Indian Civil Veterinary Department memoirs
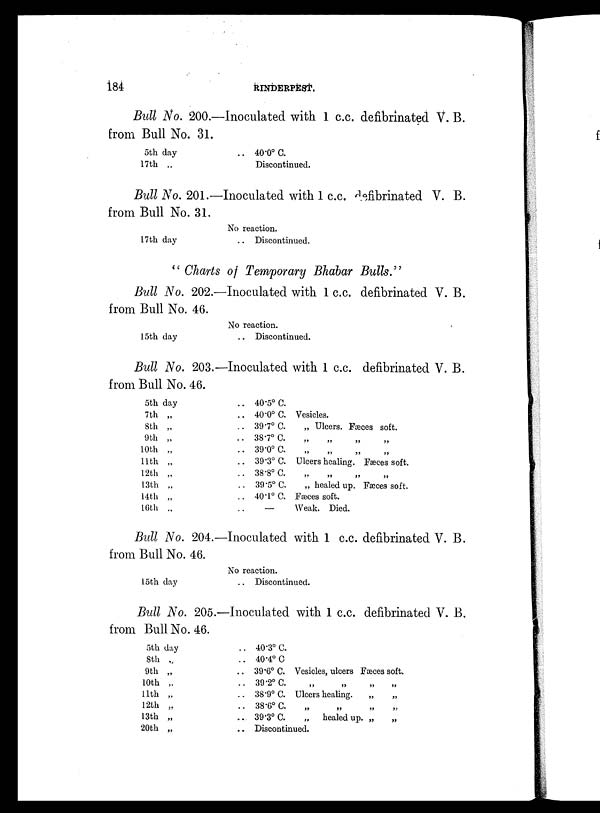
184
RINDERPEST.
Bull No. 200.—Inoculated with 1 c.c. defibrinated V. B.
from Bull No. 31.
5th day
17th „
.. 40.0º C.
Discontinued.
Bull No. 201.—Inoculated with 1 c.c. befibrinated V. B.
from Bull No. 31.
17th day
No reaction.
.. Discontinued.
" Charts of Temporary Bhabar Bulls."
Bull No. 202.—Inoculated with 1 c.c. defibrinated V. B.
from Bull No. 46.
15th day
No reaction.
Discontinued.
Bull No. 203.—Inoculated with 1 c.c. defibrinated V. B.
from Bull No. 46.
5th day
7th „
8th „
9th „
10th „
11th „
12th „
13th „
14th „
16th „
.. 40.5º C.
.. 40.0º C. Vesicles.
.. 39.7º C.
„ Ulcers. Fæces soft.
.. 38.7º C. „ „ „ „
.. 39.0º C. „ „ „ „
.. 39.3º C. Ulcers healing. Fæces soft.
.. 38.8 C.
„
„
„
„
.. 39.5º C.
„ healed up. Fæces soft.
.. 40.1º C. Fæces soft.
.. —
Weak. Died.
Bull No. 204.—Inoculated with 1 c.c. defibrinated V. B.
from Bull No. 46.
15th day
No reaction.
.. Discontinued.
Bull No. 205.—Inoculated with 1 c.c. defibrinated V. B.
from Bull No. 46.
5th day
8th „
9th „
10th „
11th „
12th „
13th „
20th „
.. 40.3º C.
.. 40.4º C
.. 39.6º C. Vesicles, ulcers Fæces soft.
.. 39.2º C. „ „ „ „
.. 38.9º C. Ulcers healing. „ „
.. 38.6º C. „
„
„
„
.. 39.3º C.
„
healed up. „
„
.. Discontinued.